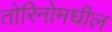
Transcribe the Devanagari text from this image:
तोरिनोमधील